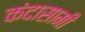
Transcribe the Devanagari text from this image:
कंदासामी